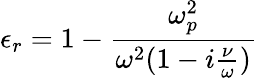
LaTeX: \epsilon_{r}=1-\frac{\omega_{p}^{2}}{\omega^{2}(1-i\frac{\nu}{\omega})}